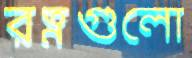
রত্নগুলো